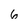
Character: 6